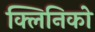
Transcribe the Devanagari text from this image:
क्लिनिको